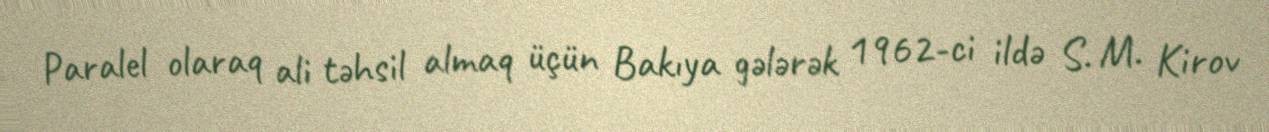
Paralel olaraq ali təhsil almaq üçün Bakıya gələrək 1962-ci ildə S. M. Kirov